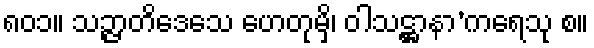
၈၀၁။ သဉ္ဇာတိဒေသေ ဟေတုမှိ၊ ဝါသဋ္ဌာနာ’ကရေသု စ။